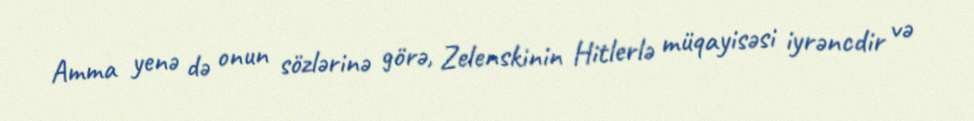
Amma yenə də onun sözlərinə görə, Zelenskinin Hitlerlə müqayisəsi iyrəncdir və